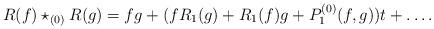
LaTeX: \begin{align*}R(f) \star_{(0)} R(g) = fg + (fR_1(g) + R_1(f)g + P^{(0)}_1(f,g))t + \dots .\end{align*}